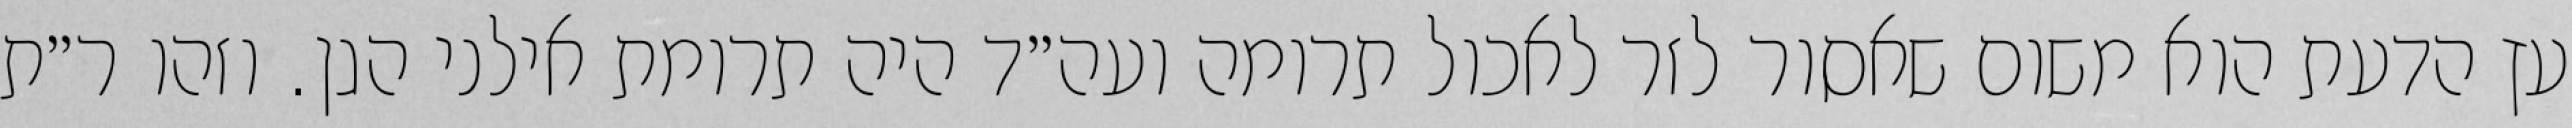
עץ הדעת הוא משום שאסור לזר לאכול תרומה ועה״ד היה תרומת אילני הגן. וזהו ר״ת